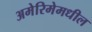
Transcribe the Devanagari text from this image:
अमेरिमेमधील